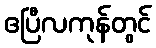
ဧပြီလကုန်တွင်